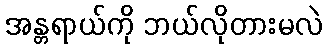
အန္တရာယ်ကို ဘယ်လိုတားမလဲ